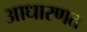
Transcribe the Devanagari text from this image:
आधारणत